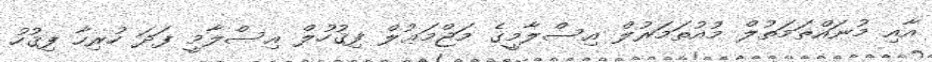
އާއި މުނައްޡަމަތުލް މުއުތަމަރުލް އިސްލާމީގެ މަޖްމަޢުލް ފިޤުހުލް އިސްލާމީ ފަދަ ހުރިހާ ފިޤުހު